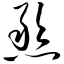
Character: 憨